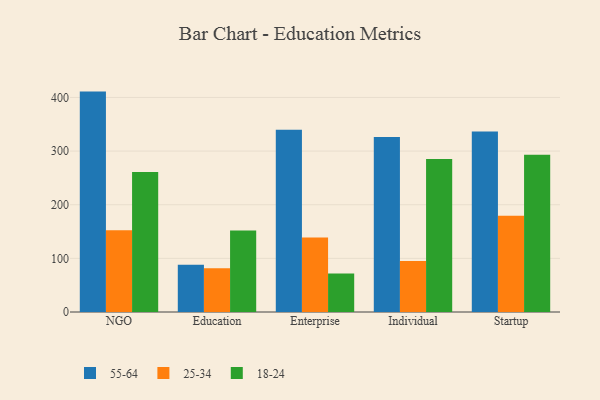
{"axis": {"x": "Segment", "y": "Production Output"}, "legend": ["18-24", "25-34", "55-64"], "data": [{"x": "NGO", "y": 410.9, "type": "55-64"}, {"x": "NGO", "y": 152.6, "type": "25-34"}, {"x": "NGO", "y": 261.2, "type": "18-24"}, {"x": "Education", "y": 87.9, "type": "55-64"}, {"x": "Education", "y": 81.6, "type": "25-34"}, {"x": "Education", "y": 152.1, "type": "18-24"}, {"x": "Enterprise", "y": 339.7, "type": "55-64"}, {"x": "Enterprise", "y": 139.1, "type": "25-34"}, {"x": "Enterprise", "y": 71.7, "type": "18-24"}, {"x": "Individual", "y": 326.4, "type": "55-64"}, {"x": "Individual", "y": 94.9, "type": "25-34"}, {"x": "Individual", "y": 285.2, "type": "18-24"}, {"x": "Startup", "y": 336.4, "type": "55-64"}, {"x": "Startup", "y": 179.3, "type": "25-34"}, {"x": "Startup", "y": 293.1, "type": "18-24"}]}